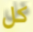
كل